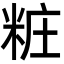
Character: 粧